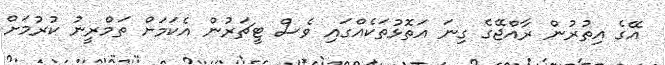
އޭގެ އިތުރުން ރާއްޖޭގެ ގިނަ އަތޮޅުތަކެއްގައި ވެސް ޓީޗަރުން އެކަމަށް ތަމްރީނު ކުރުމަށް